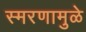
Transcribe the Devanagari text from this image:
स्‍मरणामुळे